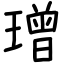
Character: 璔